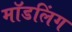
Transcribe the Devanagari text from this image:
मॉडलिंग